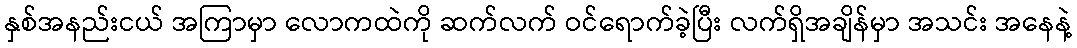
နှစ်အနည်းငယ် အကြာမှာ လောကထဲကို ဆက်လက် ဝင်ရောက်ခဲ့ပြီး လက်ရှိအချိန်မှာ အသင်း အနေနဲ့